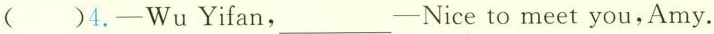
()4.-WuYifan,_-Nice to meet you,Amy.